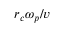
r _ { c } \omega _ { p } / v